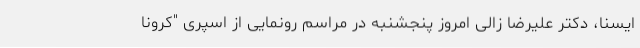
ایسنا، دکتر علیرضا زالی امروز پنجشنبه در مراسم رونمایی از اسپری "کرونا